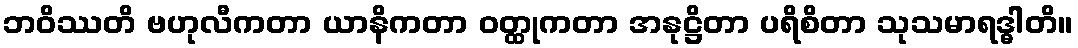
ဘဝိဿတိ ဗဟုလီကတာ ယာနိကတာ ဝတ္ထုကတာ အနုဋ္ဌိတာ ပရိစိတာ သုသမာရဒ္ဓါတိ။